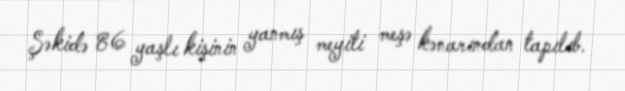
Şəkidə 86 yaşlı kişinin yanmış meyiti meşə kənarından tapılıb.